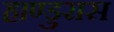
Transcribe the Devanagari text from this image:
हाण्डुरास